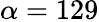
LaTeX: \alpha=129